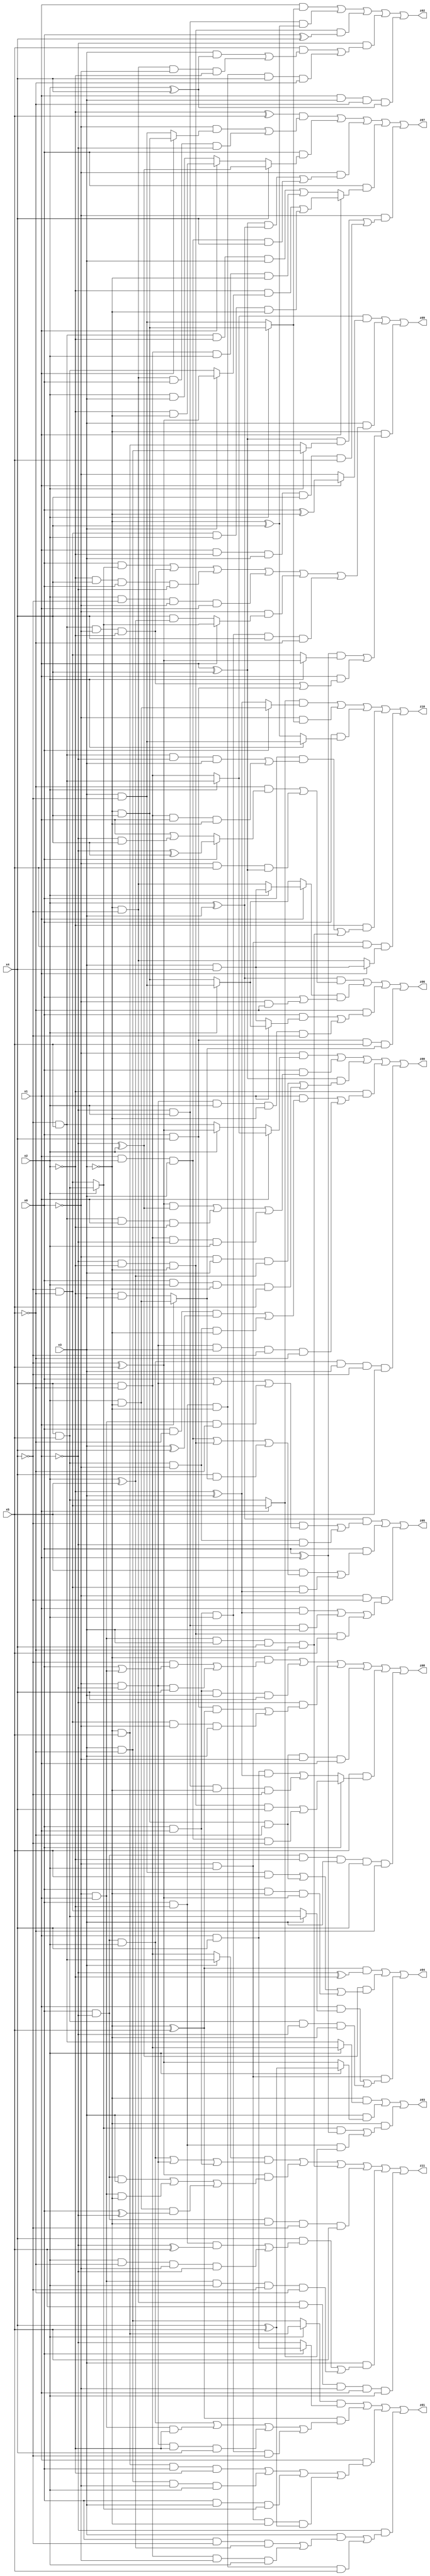
// Benchmark "X_4" written by ABC on Fri May 26 04:00:56 2023

module X_29 ( 
    x0, x1, x2, x3, x4, x5,
    z00, z01, z02, z03, z04, z05, z06, z07, z08, z09, z10, z11  );
  input  x0, x1, x2, x3, x4, x5;
  output z00, z01, z02, z03, z04, z05, z06, z07, z08, z09, z10, z11;
  assign z00 = (~x0 & (x1 ? (x2 ? (~x4 & x5) : (x4 & ~x5)) : (x2 ? (~x4 ^ x5) : (~x4 & x5)))) | (x0 & (((~x4 ^ x5) & (~x1 ^ x2)) | (~x4 & x5 & x1 & ~x2) | (x4 & ~x5 & ~x1 & x2))) | ((x1 ^ x4) & ((~x0 & x3 & (x2 ^ x5)) | (x0 & x2 & ~x3 & x5))) | (~x2 & ((x1 & ((x0 & ~x5 & (x3 ^ x4)) | (x4 & x5 & ~x0 & ~x3))) | (~x0 & ~x1 & x3 & ~x4 & ~x5))) | (x0 & ~x1 & x2 & x3 & ~x4 & x5);
  assign z01 = ((x2 ? (~x3 & x5) : (x3 & ~x5)) & (x0 ? (x1 & x4) : ~x1)) | ((~x3 ^ x5) & ((x0 & ~x1 & x2) | (~x0 & x1 & ~x2) | (~x0 & ~x1 & ~x2 & x4) | (x0 & x1 & x2 & ~x4))) | (x1 & ((~x3 & x5 & x0 & ~x2) | (x3 & ~x5 & ~x0 & x2) | (x0 & x3 & (x2 ? (x4 & x5) : (~x4 & ~x5))) | (~x0 & x2 & ~x3 & (x4 ^ x5)))) | (~x1 & ((x3 & ((x0 & ~x4 & (x2 ^ x5)) | (x4 & ~x5 & ~x0 & x2))) | (x0 & ~x2 & ~x3 & x5)));
  assign z02 = (x1 & (x2 ? (~x3 & x4) : (x3 & ~x4))) | (~x1 & x2 & (~x3 ^ x4)) | (~x1 & ~x2 & ~x3 & (x0 ^ x4)) | (~x1 & ((x5 & ((x3 & (x2 ^ x4)) | (~x3 & ~x4 & ~x0 & ~x2))) | (x0 & ~x2 & ~x3 & x4 & ~x5))) | (x1 & x3 & ~x5 & (x2 ^ x4));
  assign z03 = (~x3 & (x2 ? (x4 & ~x5) : (~x4 & x5))) | (x3 & (x2 ? (x4 ^ x5) : (~x4 ^ x5))) | (~x3 & (((x2 ? (x4 & x5) : (~x4 & ~x5)) & (x0 ^ x1)) | (x0 & ~x2 & (x1 ? (~x4 & ~x5) : (x4 & x5)))));
  assign z04 = ((~x3 ^ x5) & (~x1 ^ ~x2)) | ((~x1 ^ x2) & ((x3 & ~x4 & x5) | (~x3 & x4 & ~x5) | (x0 & ~x3 & (~x4 ^ x5)))) | (~x0 & x2 & ((x1 & (x3 ? (x4 & x5) : (~x4 & ~x5))) | (x4 & x5 & ~x1 & ~x3)));
  assign z05 = ((x2 ^ x3) & ((~x4 & (x0 | (~x0 & ~x1) | (~x0 & x1 & ~x5))) | (x4 & x5 & ~x0 & ~x1))) | (x0 & ((x5 & ((x1 & x2 & x3) | (~x1 & ~x2 & ~x3) | (x4 & (x1 ? (x2 & ~x3) : (~x2 & x3))))) | (~x4 & ~x5 & (~x2 ^ x3)))) | (~x0 & ~x4 & ((x1 & (~x2 ^ x3)) | (~x1 & x2 & x3) | (~x1 & ~x2 & ~x3 & x5)));
  assign z06 = ((x2 ^ x3) & ((~x5 & (x0 ? (~x1 ^ x4) : (x1 | (~x1 & x4)))) | (~x0 & x5 & (x1 ^ x4)))) | ((x1 ? (x2 ? (x3 & x4) : (~x3 & ~x4)) : (x2 ? (x3 & ~x4) : (~x3 & x4))) & (x0 | (~x0 & ~x5))) | (~x5 & ((x0 & (x1 ? (x2 ? (x3 & ~x4) : (~x3 & x4)) : (x3 & x4))) | (~x0 & ~x1 & x2 & ~x3 & ~x4))) | (x0 & x4 & x5 & (x1 ? (x2 & ~x3) : (~x2 & x3)));
  assign z07 = ((~x2 ^ x5) & ((~x0 & (x1 ? (~x3 & x4) : (x3 & ~x4))) | (~x3 & ~x4 & x0 & ~x1))) | (x0 & (x4 ? (~x1 ^ x2) : (x1 ? (~x2 & ~x3) : (x2 & x3)))) | (~x0 & (((x1 ^ x4) & (x2 ^ x3)) | (x1 & x2 & x3 & x4))) | (x0 & (x1 ? ((~x2 & (x3 ? (~x4 ^ x5) : (x4 & x5))) | (~x4 & ~x5 & x2 & ~x3)) : ((~x4 & x5 & ~x2 & x3) | (x4 & ~x5 & x2 & ~x3)))) | (~x0 & (((x1 ^ x4) & (x2 ? (x3 & ~x5) : (~x3 & x5))) | (x1 & ~x2 & x3 & x4 & x5)));
  assign z08 = (~x3 & ((~x4 & (x0 | (~x0 & x1))) | (~x0 & ~x1 & x4))) | (x0 & x1 & x3 & x4) | (~x1 & ((x0 & x4 & (~x3 ^ x5)) | (~x4 & ~x5 & ~x0 & x3))) | (~x3 & x4 & ~x5 & ~x0 & x1) | (x5 & (x0 ? ((~x1 & ~x2 & ~x3 & x4) | (x1 & x2 & x3 & ~x4)) : ((x1 & x4 & (~x2 ^ x3)) | (~x1 & x2 & ~x3 & ~x4)))) | (x0 & ~x1 & ~x2 & x3 & x4 & ~x5);
  assign z09 = ((x2 ? (~x4 & x5) : (x4 & ~x5)) & (x1 ? (x0 ^ ~x3) : ~x0)) | (x3 & ((x0 & (x2 ? (x4 & x5) : (~x4 & ~x5))) | (~x4 & x5 & ~x0 & ~x2) | (~x2 & x4 & x0 & ~x1) | (x2 & ~x4 & ~x0 & x1) | (~x0 & (x1 ? (x2 ? (x4 & x5) : (~x4 & ~x5)) : (x4 & (x2 ^ x5)))) | (x0 & x1 & x2 & x4 & ~x5))) | (~x3 & (((x0 ^ x1) & (x2 ? (~x4 ^ x5) : (~x4 & ~x5))) | (x1 & ((~x4 & x5 & ~x0 & ~x2) | (x0 & x4)))));
  assign z10 = ((x1 ? (~x4 & ~x5) : (x4 & x5)) & (x0 ? (x2 & ~x3) : (~x2 ^ x3))) | (~x0 & (x2 ? (~x3 & x4) : (x3 & ~x4))) | (x0 & (x2 ? (x3 & ~x4) : (~x3 ^ x4))) | (~x2 & ((x0 & ((~x4 & x5 & ~x1 & x3) | (x4 & ~x5 & x1 & ~x3))) | (~x0 & x1 & x3 & x4 & ~x5))) | (~x0 & x2 & x5 & (x1 ? (x3 & x4) : (~x3 & ~x4)));
  assign z11 = ((x3 ? (~x4 & x5) : (x4 & ~x5)) & ((x0 & ~x1 & x2) | (~x0 & ~x1) | (x0 & x1))) | ((~x4 ^ x5) & ((x0 & ~x1 & x3) | (~x0 & x1 & ~x3) | (x2 & ~x3 & (x0 ^ ~x1)))) | (~x0 & x1 & x3 & x4 & ~x5) | (x0 & ~x1 & ~x3 & ~x4 & x5) | (x3 & ((x4 & ((x0 & ~x2 & (~x1 ^ x5)) | (x2 & ~x5 & ~x0 & ~x1))) | (~x0 & x1 & x2 & ~x4 & ~x5))) | (~x3 & ~x4 & x5 & ~x0 & x1 & x2);
endmodule